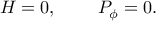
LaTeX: { \cal H } = 0 , \; \; \; \; \; \; \; \; { \cal P } _ { \phi } = 0 .